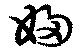
婦